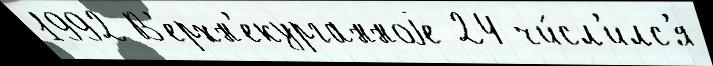
1992 В'ерхн'екурганноjе 24 чи́сл'илс'я